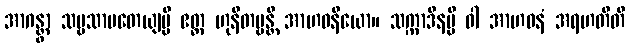
အာဂန္တွာ သဗ္ဗသာပတေယျမ္ပိ ဧတ္ထ ဟုနိတဗ္ဗန္တိ အာဟဝနီယော။ သက္ကာဒီနမ္ပိ ဝါ အာဟဝနံ အရဟတီတိ